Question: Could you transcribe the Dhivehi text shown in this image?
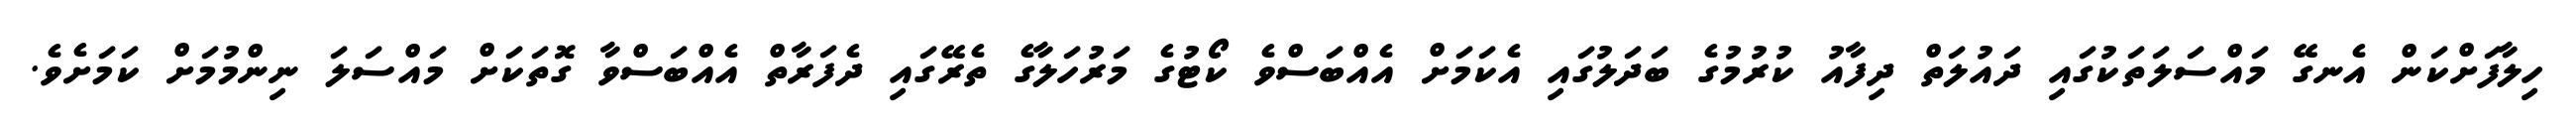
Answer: ހިލާފަށްކަން އެނގޭ މައްސަލަތަކުގައި ދައުލަތް ދިފާއު ކުރުމުގެ ބަދަލުގައި އެކަމަށް އެއްބަސްވެ ކޯޓުގެ މަރުހަލާގެ ތެރޭގައި ދެފަރާތް އެއްބަސްވާ ގޮތަކަށް މައްސަލަ ނިންމުމަށް ކަމަށެވެ.